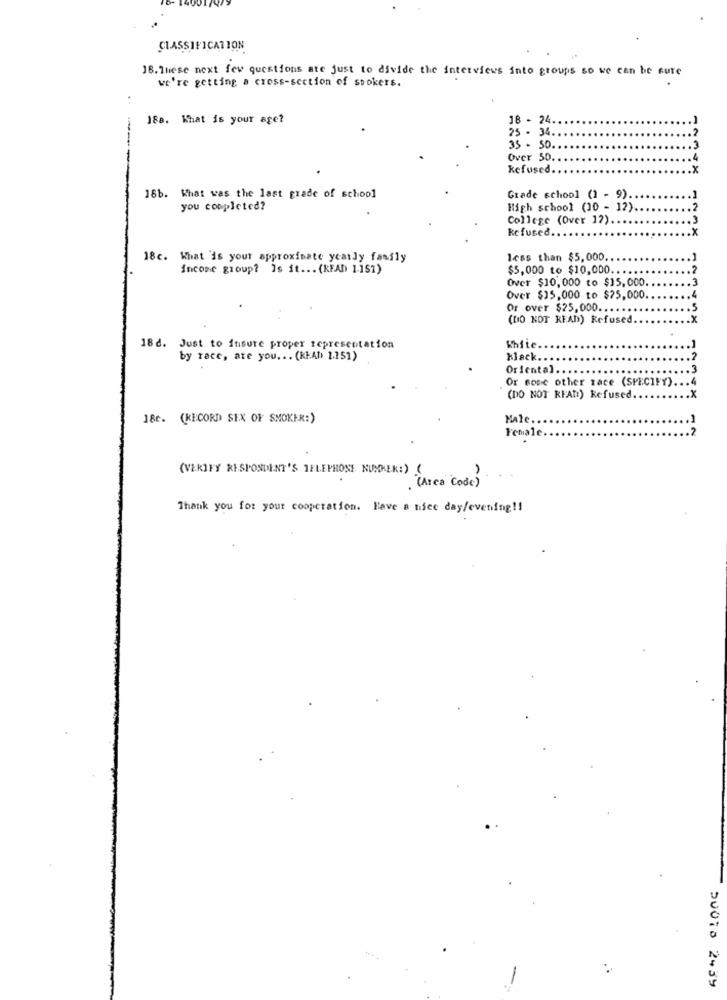
CLASSIFICATION
J8. These next few questions are just to divide the interviews into groups so we can be sure
we're getting a cross-section of spokers.
18a. What is your age?
18 - 24
25 - 34.
35 - 50.
123
Over 50.
kefused.
18b. What was the last grade of school
Grade school (1 - 9).
you completed?
High school (10 - 12).
College (Over 12).
Refused.
18c. What is your approximate yearly family
less than $5,000,
income group? Is it ... (READ 1.151)
$5,000 to $10,000 ..
Over $10,000 to $15,000.
Over $15,000 to $25,000.
Or over $25,000 .....
(DO NOT READ) Refused.
18d. Just to insure proper representation
White.
by race, are you. . . (READ 1.151)
klack.
Oriental ..
Or some other race (SPECIFY).
(DO NOT READ:) Refused
18c. (RECORD SEX OF SMOKER:)
Male.
12
Female
(VERIFY RISPONDENT'S TELEPHONE NUSREK:)
(Area Code)
Thank you for your cooperation. Have a nice day/evening !!
50015 2439